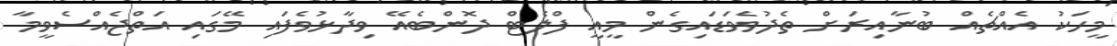
މީހަކު އެއްޗެއް ބުނާއިރަށް ތެދުވެވަޑައިގެން މީއީ ފްލެޓް ދޮންބެއޭ ވިދާޅުވެފައި މޭގައި އަތްޖެއްސެވީމާ